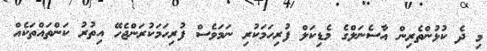
މި ދެ ކުޅުންތެރިން އާސެނަލްގެ މެޑިކަލް ފުރިހަމަކުރި ނަމަވެސް ފުރިހަމަކުރަންޖެހޭ އިތުރު ކަންތައްތަކެއް